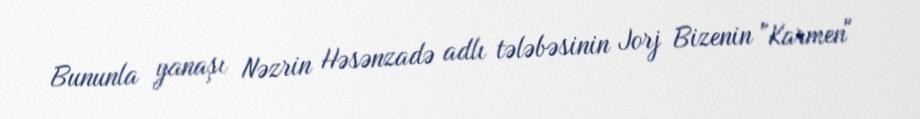
Bununla yanaşı Nəzrin Həsənzadə adlı tələbəsinin Jorj Bizenin "Karmen"